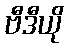
ဗီဒီယို